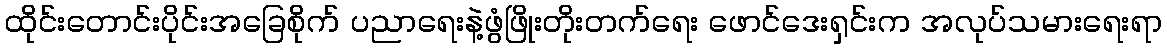
ထိုင်းတောင်းပိုင်းအခြေစိုက် ပညာရေးနဲ့ဖွံဖြိုးတိုးတက်ရေး ဖောင်ဒေးရှင်းက အလုပ်သမားရေးရာ